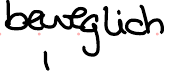
beweglich